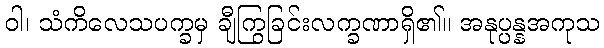
ဝါ၊ သံကိလေသပက္ခမှ ချီကြွခြင်းလက္ခဏာရှိ၏။ အနုပ္ပန္နအကုသ